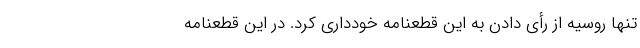
تنها روسیه از رأی دادن به این قطعنامه خودداری کرد. در این قطعنامه